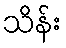
သိန်း